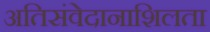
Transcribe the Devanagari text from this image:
अतिसंवेदानाशिलता